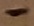
Text: -